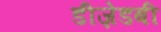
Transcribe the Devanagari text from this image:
डीज़ेडबी